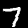
Digit: 7